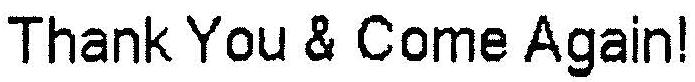
THANK YOU & COME AGAIN!